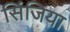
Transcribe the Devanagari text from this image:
सिंजिया